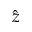
\hat { z }